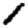
Digit: 1